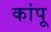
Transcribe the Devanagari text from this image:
कांपू